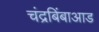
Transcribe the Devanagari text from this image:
चंद्रबिंबाआड